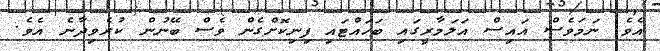
އެވެ. ނަމަވެސް އައިސް އަލަމާރީގައި ބަހައްޓައި ފިނިކޮށްގެން ވެސް ބޭނުން ކުރެވިދާނެ އެވެ.